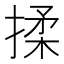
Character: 揉